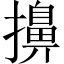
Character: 擤